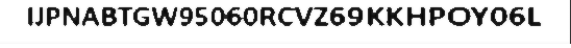
IJPNABTGW95060RCVZ69KKHPOY06L